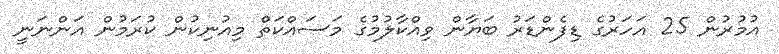
އުމުރުން 25 އަހަރުގެ ޑިފެންޑަރު ބަޔާން ވިއްކާލުމުގެ މަސައްކަތް މިއުނިކުން ކުރަމުން އަންނަނީ